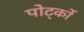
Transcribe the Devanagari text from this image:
पोर्ट्को